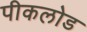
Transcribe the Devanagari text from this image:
पीकलोड